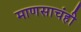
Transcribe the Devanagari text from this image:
माणसाचंही